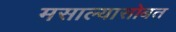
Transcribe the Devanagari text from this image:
मसाल्यासोबत